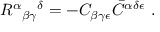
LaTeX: R ^ { \alpha } { } _ { \beta \gamma } { } ^ { \delta } = - C _ { \beta \gamma \epsilon } \bar { C } ^ { \alpha \delta \epsilon } \ .